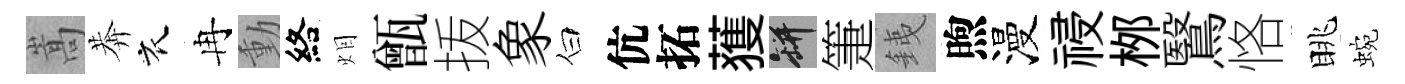
嵩莾衣冉動絡𤇆甑㧞象白伉拓𫉬瓶箑銕煦漫祲桞鷖恪眺蜿